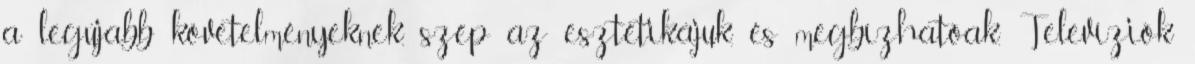
a legújabb követelményeknek, szép az esztétikájuk, és megbízhatóak. Televíziók